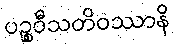
ပဉ္စဝီသတိဝဿာနိ